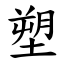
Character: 塑